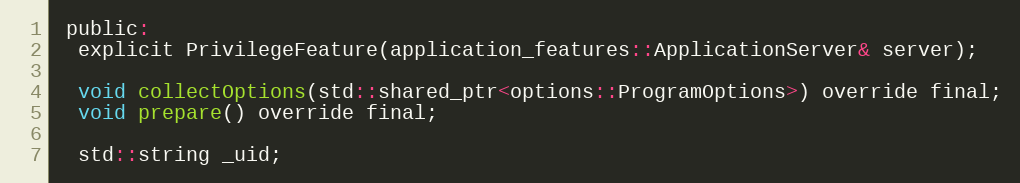
Language: C
 public:
  explicit PrivilegeFeature(application_features::ApplicationServer& server);

  void collectOptions(std::shared_ptr<options::ProgramOptions>) override final;
  void prepare() override final;

  std::string _uid;